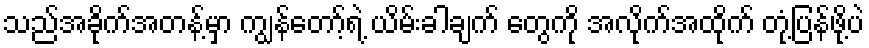
သည်အခိုက်အတန့်မှာ ကျွန်တော့်ရဲ့ ယိမ်းခါချက် တွေကို အလိုက်အထိုက် တုံ့ပြန်ဖို့ပဲ